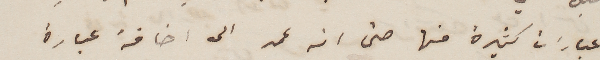
عبارات كثيرة منها حتى انه عمد الى اضافة عبارة